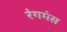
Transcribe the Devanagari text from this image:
रंगमंस